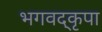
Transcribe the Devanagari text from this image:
भगवद्कृपा